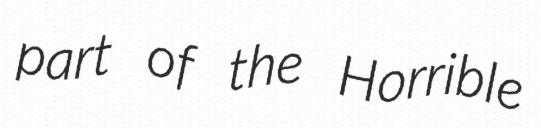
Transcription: part of the Horrible